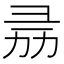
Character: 𢑕